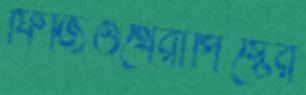
ফিজিওথেরাপিস্টের